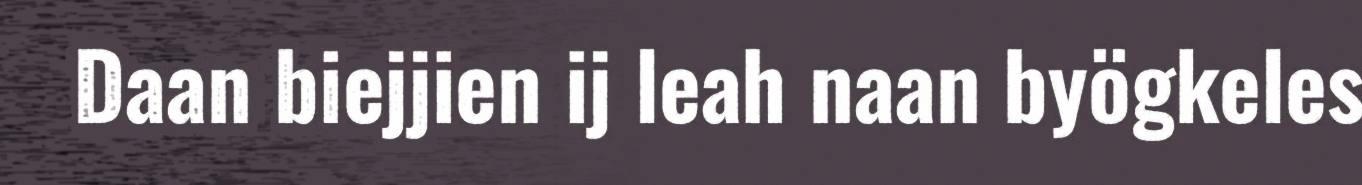
Daan biejjien ij leah naan byögkeles